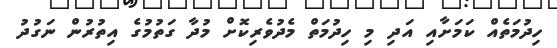
ހިދުމަތެއް ކަމަށާއި އަދި މި ހިދުމަތް މެދުވެރިކޮށް މުދާ ގަތުމުގެ އިތުރުން ނަގުދު